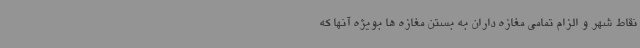
نقاط شهر و الزام تمامی مغازه داران به بستن مغازه ها بویژه آنها که